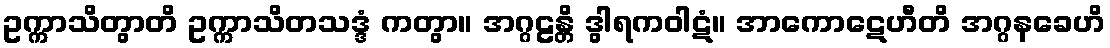
ဥက္ကာသိတွာတိ ဥက္ကာသိတသဒ္ဒံ ကတွာ။ အဂ္ဂဠန္တိ ဒွါရကဝါဋံ။ အာကောဋေဟီတိ အဂ္ဂနခေဟိ